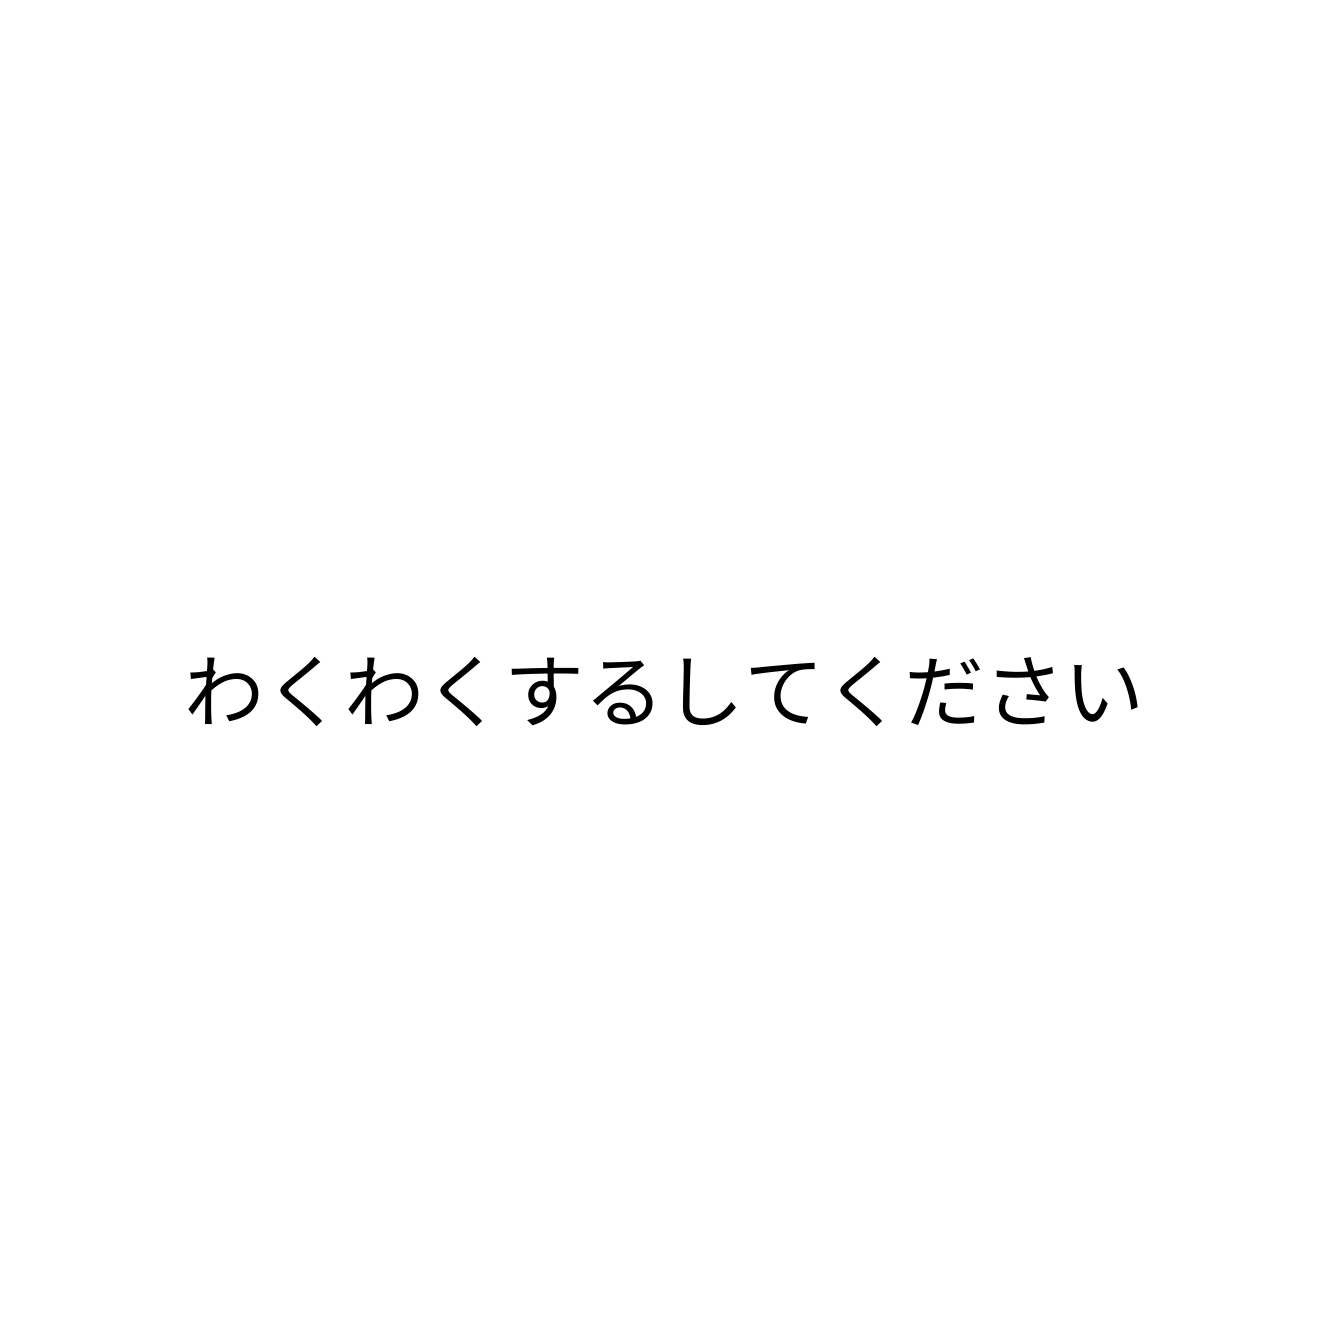
わくわくするしてください